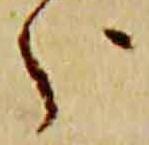
分